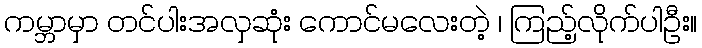
ကမ္ဘာမှာ တင်ပါးအလှဆုံး ကောင်မလေးတဲ့ ၊ ကြည့်လိုက်ပါဦး။